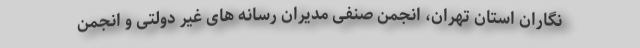
نگاران استان تهران، انجمن صنفی مدیران رسانه های غیر دولتی و انجمن